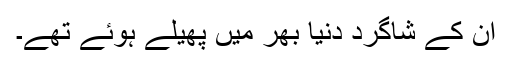
ان کے شاگرد دنیا بھر میں پھیلے ہوئے تھے۔